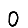
Digit: 0